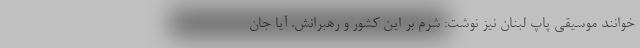
خوانند موسیقی پاپ لبنان نیز نوشت: شرم بر این کشور و رهبرانش. آیا جان